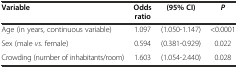
| Variable | Odds ratio | (95% CI) | P |
 | --- | --- | --- | --- |
 | Age (in years, continuous variable) | 1.097 | (1.050-1.147) | <0.0001 |
 | Sex (male vs. female) | 0.594 | (0.381-0.929) | 0.022 |
 | Crowding (number of inhabitants/room) | 1.603 | (1.054-2.440) | 0.028 |